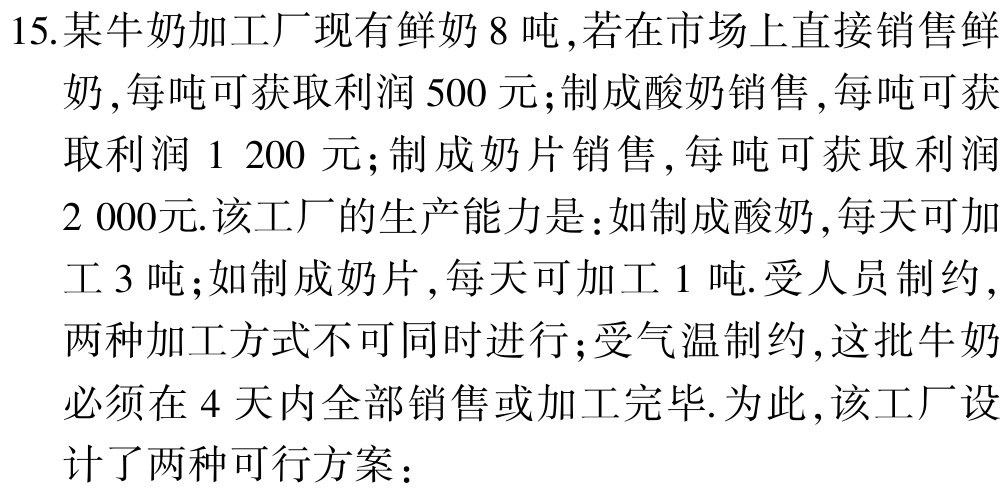
15.某牛奶加工厂现有鲜奶$8$吨，若在市场上直接销售鲜奶，每吨可获取利润$500$元；制成酸奶销售，每吨可获取利润$1\ 200$元；制成奶片销售，每吨可获取利润$2\ 000$元.该工厂的生产能力是：如制成酸奶，每天可加工$3$吨；如制成奶片，每天可加工$1$吨.受人员制约，两种加工方式不可同时进行；受气温制约，这批牛奶必须在$4$天内全部销售或加工完毕.为此，该工厂设计了两种可行方案：